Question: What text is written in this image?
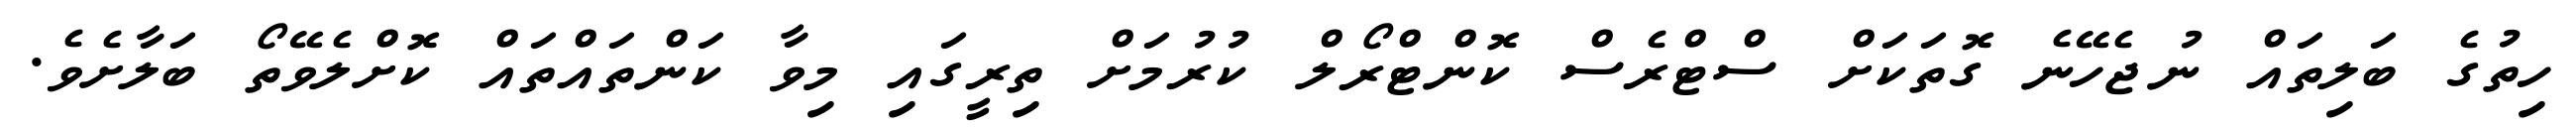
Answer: ހިތުގެ ބަލިތައް ނުޖެހޭނެ ގޮތަކަށް ސްޓްރެސް ކޮންޓްރޯލް ކުރުމަށް ތިރީގައި މިވާ ކަންތައްތައް ކޮށްލެވޭތޯ ބަލާށެވެ.